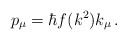
\begin{align*}p_{\mu} = \hbar f(k^2) k_{\mu} \, . \end{align*}